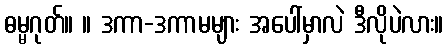
ဓမ္မဂုတ်။ ။ ဒကာ-ဒကာမများ အပေါ်မှာလဲ ဒီလိုပဲလား။